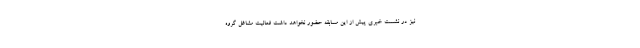
نیز در نشست خبری پیش از این مسابقه حضور نخواهد داشت فعالیت مشاغل گروه